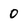
Character: 0